NAE_ERA_R-2324_Eesti_Vabariigi_Pohiseaduslik_Assamblee, lk 76
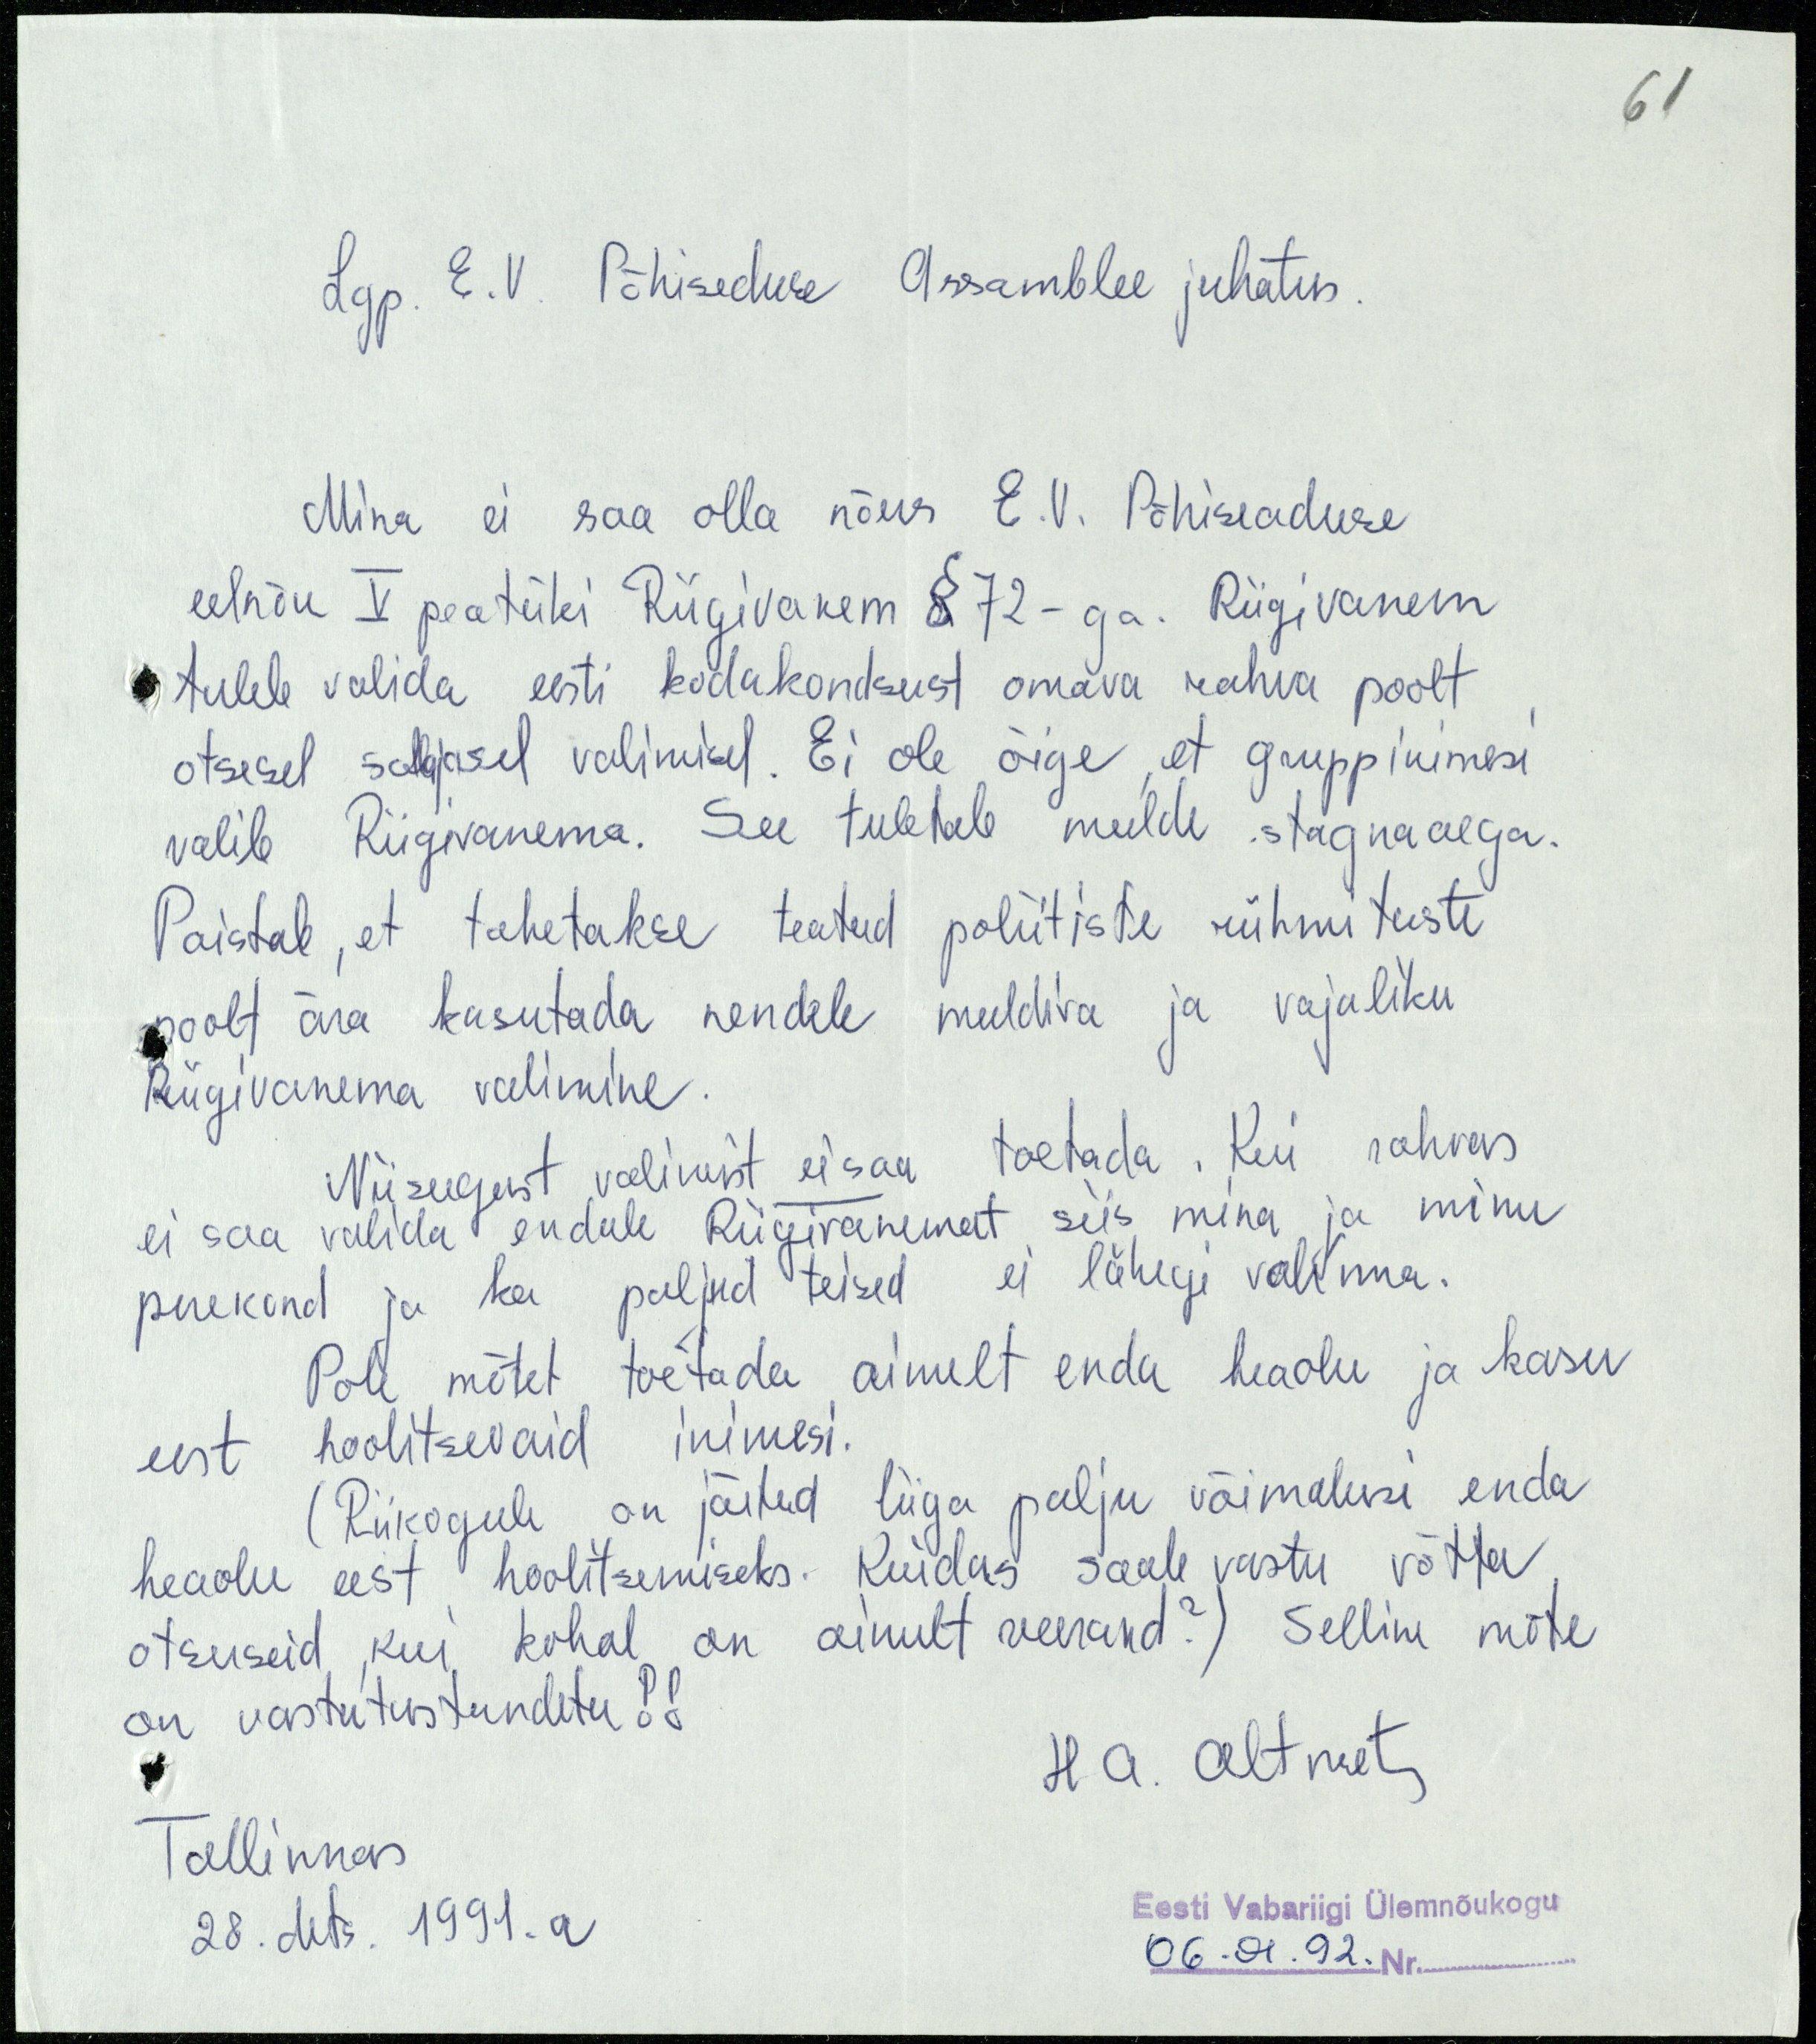
61
Lgp. E.V. Põhiseduse Assamblee juhatus.
Mina ei saa olla nõus E.V. Põhiseaduse
eelnõu V peatüki Riigivanem § 72-ga. Riigivanem
tuleb valida eesti kodakondsust omava rahva poolt
otsesel salajasel valimisel. Ei ole õige, et grupp inimesi
valib Riigivanema. See tuletab meelde stagnaaega.
Paistab, et tahetakse teatud poliitiste rühmituste
poolt ära kasutada nendele meeldiva ja vajaliku
Riigivanema valimine.
Niisugust valimist ei saa toetada. Kui rahvas
ei saa valida endale Riigivanemat siis mina ja minu
perekond ja ka paljud teised ei lähegi valima.
Pole mõtet toetada ainult enda heaolu ja kasu
eest hoolitsevaid inimesi.
(Riikogule on jäetud liiga palju võimalusi enda
heaolu eest hoolitsemiseks. Kuidas saab vastu võtta
otsuseid, kui kohal on ainult veerand?) Selline mõte
on vastutustundetu!!
H A. Altmets.
Tallinnas
28.dets. 1991.a.
Eesti Vabariigi Ülemnõukogu
06.01.92.Nr.